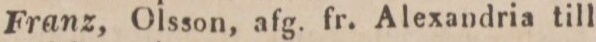
18.    Franz, Olsson, afg. fr. Alexandria till